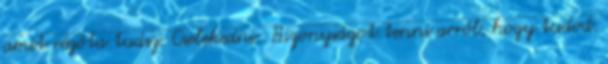
amit régóta tudsz. Cselekedni: Bizonyságot tenni arról, hogy tudod.